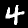
Label: 4